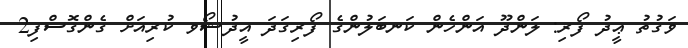
ވަގުތު ޢީދު ފޯރި: ލަންދޫ އަންހެން ކަނބަލުންގެ ފޯރިގަދަ އީދުޝޯވ ކުރިއަށް ގެންްގޮސްފި2